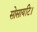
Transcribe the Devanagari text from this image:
सोसायटि।